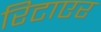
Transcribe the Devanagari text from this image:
रिटाएर